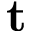
\mathbf t